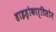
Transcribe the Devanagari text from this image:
हाइड्रोकार्टिसोन